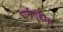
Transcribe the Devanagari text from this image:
धर्मगृहीत